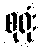
စုရုံး